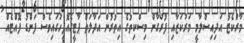
މާރުކެޓު އަދިއިސްލާމީ މަރުކަޒާއި ފުރުގާން މިސްކިތުގެ އިތުރުން އަދާލަތް ޕާޓީގެއޮފީހުގައިވެސް ފަންޑު ފޮއްޓެއް